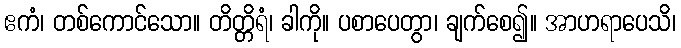
ဧကံ၊ တစ်ကောင်သော။ တိတ္တိရံ၊ ခါကို။ ပစာပေတွာ၊ ချက်စေ၍။ အာဟရာပေသိ၊